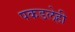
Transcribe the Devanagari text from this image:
पकडलेही